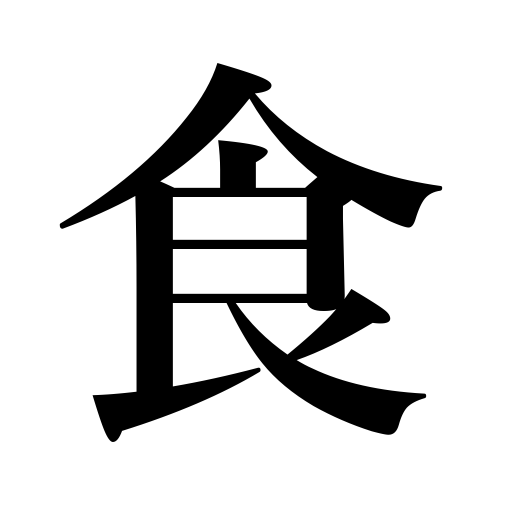
Meanings: gnaw at,receive a blow,bite at,provisions,eating,encroach,drink,meal,appetite,consume,shoes pinch,be cheated,get a scolding,food,eat,subsist on,support oneself